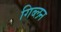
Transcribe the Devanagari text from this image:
गिब्लन